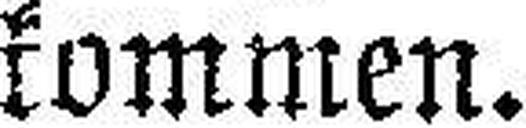
kommen.